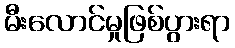
မီးလောင်မှုဖြစ်ပွားရာ